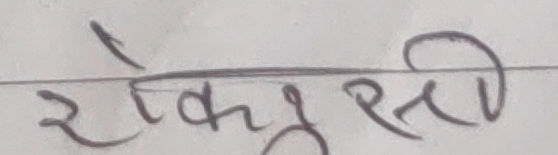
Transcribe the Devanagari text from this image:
रोक्शीर